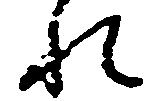
れ